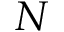
N